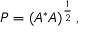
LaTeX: P = \left( A ^ { * } A \right) ^ { \frac { 1 } { 2 } } ,